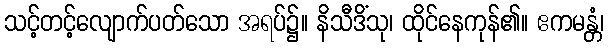
သင့်တင့်လျောက်ပတ်သော အရပ်၌။ နိသီဒိံသု၊ ထိုင်နေကုန်၏။ ဧကမန္တံ၊